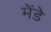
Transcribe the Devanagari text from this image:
मेंडे